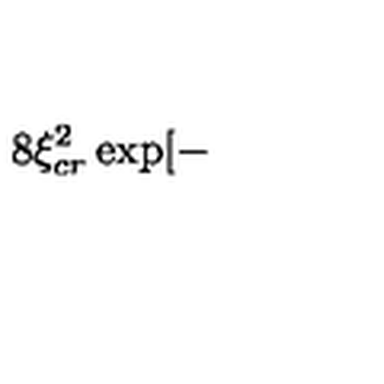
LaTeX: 8 \xi _ { c r } ^ { 2 } \exp [ -